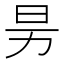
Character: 𰅊